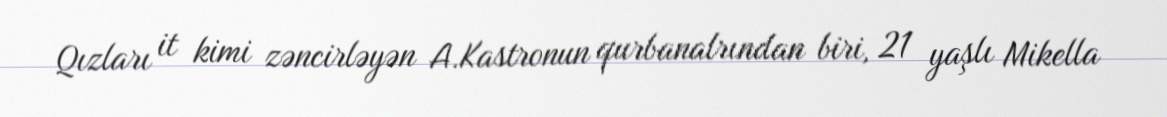
Qızları it kimi zəncirləyən A.Kastronun qurbanalrından biri, 21 yaşlı Mikella